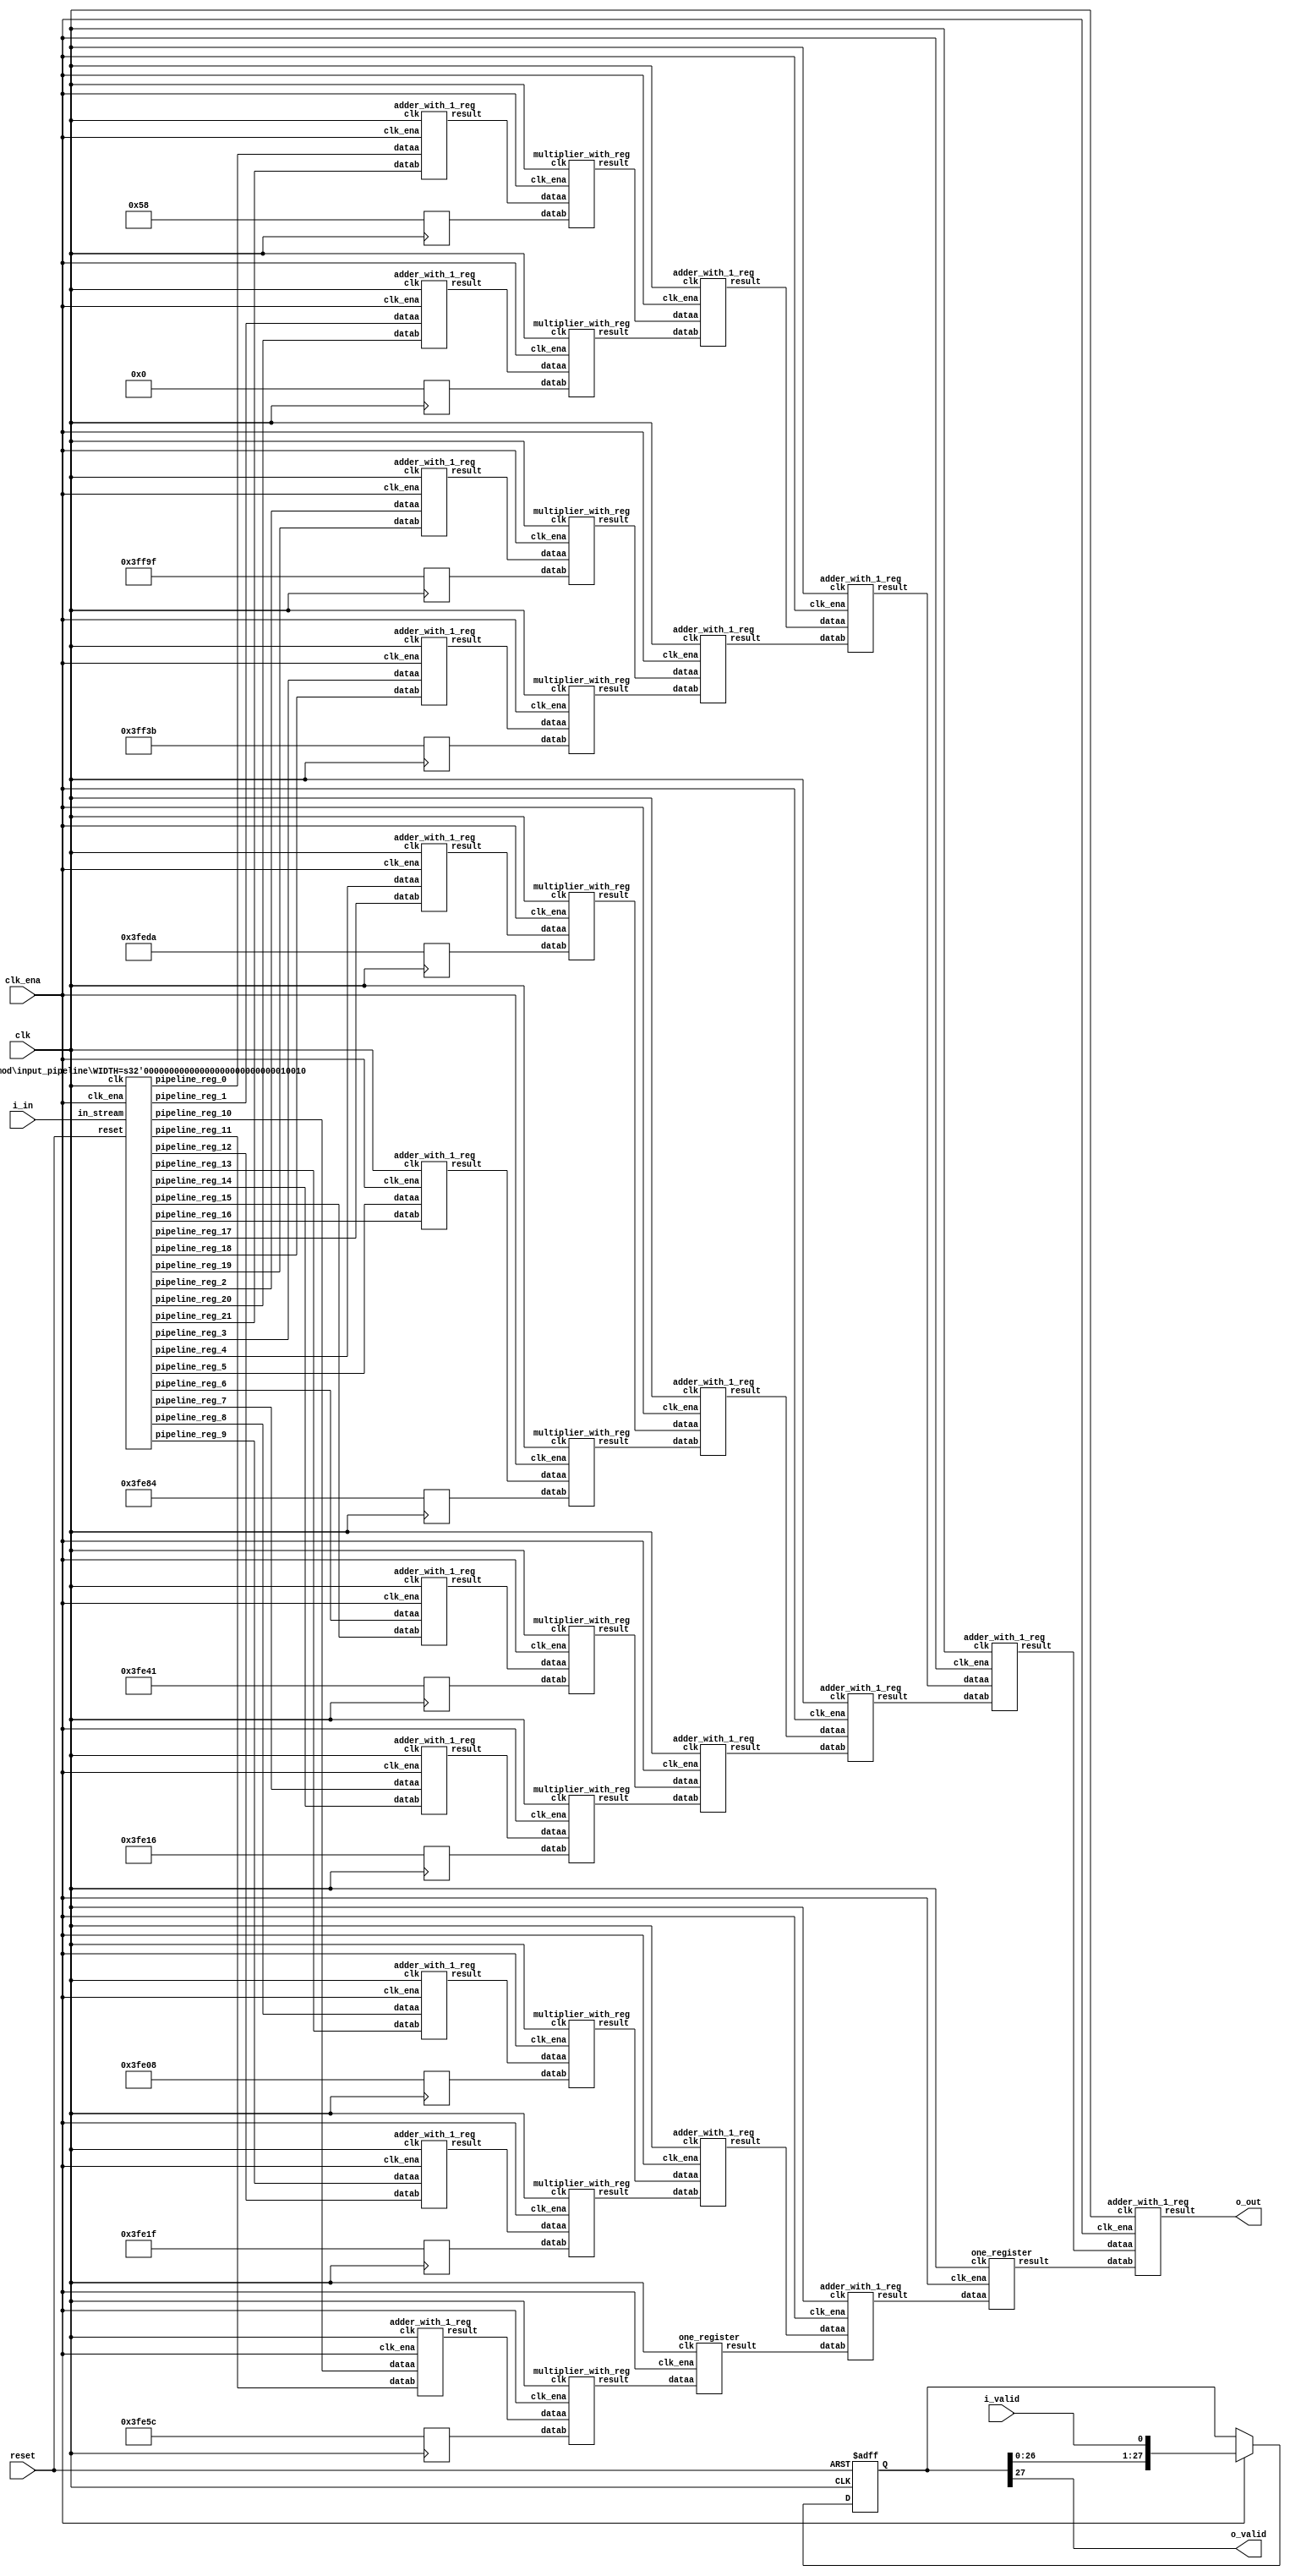
// CONFIG:
// NUM_COEFF = 22
// PIPLINED = 1

// WARNING: more than enough COEFFICIENTS in array (there are 26, and we only need 11)
module fir (
	clk,
	reset,
	clk_ena,
	i_valid,
	i_in,
	o_valid,
	o_out
);
	// Data Width
	parameter dw = 18; //Data input/output bits

	// Number of filter coefficients
	parameter N = 22;
	parameter N_UNIQ = 11; // ciel(N/2) assuming symmetric filter coefficients

	//Number of extra valid cycles needed to align output (i.e. computation pipeline depth + input/output registers
	localparam N_VALID_REGS = 28;

	input clk;
	input reset;
	input clk_ena;
	input i_valid;
	input [dw-1:0] i_in; // signed
	output o_valid;
	output [dw-1:0] o_out; // signed

	// Data Width dervied parameters
	localparam dw_add_int = 18; //Internal adder precision bits
	localparam dw_mult_int = 36; //Internal multiplier precision bits
	localparam scale_factor = 17; //Multiplier normalization shift amount

	// Number of extra registers in INPUT_PIPELINE_REG to prevent contention for CHAIN_END's chain adders
	localparam N_INPUT_REGS = 22;

	// Debug
	// initial begin
	// 	$display ("Data Width: %d", dw);
	// 	$display ("Data Width Add Internal: %d", dw_add_int);
	// 	$display ("Data Width Mult Internal: %d", dw_mult_int);
	// 	$display ("Scale Factor: %d", scale_factor);
	// end

	reg [dw-1:0] COEFFICIENT_0;
	reg [dw-1:0] COEFFICIENT_1;
	reg [dw-1:0] COEFFICIENT_2;
	reg [dw-1:0] COEFFICIENT_3;
	reg [dw-1:0] COEFFICIENT_4;
	reg [dw-1:0] COEFFICIENT_5;
	reg [dw-1:0] COEFFICIENT_6;
	reg [dw-1:0] COEFFICIENT_7;
	reg [dw-1:0] COEFFICIENT_8;
	reg [dw-1:0] COEFFICIENT_9;
	reg [dw-1:0] COEFFICIENT_10;

	always@(posedge clk) begin
		COEFFICIENT_0 <= 18'd88;
		COEFFICIENT_1 <= 18'd0;
		COEFFICIENT_2 <= -18'd97;
		COEFFICIENT_3 <= -18'd197;
		COEFFICIENT_4 <= -18'd294;
		COEFFICIENT_5 <= -18'd380;
		COEFFICIENT_6 <= -18'd447;
		COEFFICIENT_7 <= -18'd490;
		COEFFICIENT_8 <= -18'd504;
		COEFFICIENT_9 <= -18'd481;
		COEFFICIENT_10 <= -18'd420;
	end

	////******************************************************
	// *
	// * Valid Delay Pipeline
	// *
	// *****************************************************
	//Input valid signal is pipelined to become output valid signal

	//Valid registers
	reg [N_VALID_REGS-1:0] VALID_PIPELINE_REGS;

	always@(posedge clk or posedge reset) begin
		if(reset) begin
			VALID_PIPELINE_REGS <= 0;
		end else begin
			if(clk_ena) begin
				VALID_PIPELINE_REGS <= {VALID_PIPELINE_REGS[N_VALID_REGS-2:0], i_valid};
			end else begin
				VALID_PIPELINE_REGS <= VALID_PIPELINE_REGS;
			end
		end
	end

	////******************************************************
	// *
	// * Input Register Pipeline
	// *
	// *****************************************************
	//Pipelined input values

	//Input value registers

	wire [dw-1:0] INPUT_PIPELINE_REG_0;
	wire [dw-1:0] INPUT_PIPELINE_REG_1;
	wire [dw-1:0] INPUT_PIPELINE_REG_2;
	wire [dw-1:0] INPUT_PIPELINE_REG_3;
	wire [dw-1:0] INPUT_PIPELINE_REG_4;
	wire [dw-1:0] INPUT_PIPELINE_REG_5;
	wire [dw-1:0] INPUT_PIPELINE_REG_6;
	wire [dw-1:0] INPUT_PIPELINE_REG_7;
	wire [dw-1:0] INPUT_PIPELINE_REG_8;
	wire [dw-1:0] INPUT_PIPELINE_REG_9;
	wire [dw-1:0] INPUT_PIPELINE_REG_10;
	wire [dw-1:0] INPUT_PIPELINE_REG_11;
	wire [dw-1:0] INPUT_PIPELINE_REG_12;
	wire [dw-1:0] INPUT_PIPELINE_REG_13;
	wire [dw-1:0] INPUT_PIPELINE_REG_14;
	wire [dw-1:0] INPUT_PIPELINE_REG_15;
	wire [dw-1:0] INPUT_PIPELINE_REG_16;
	wire [dw-1:0] INPUT_PIPELINE_REG_17;
	wire [dw-1:0] INPUT_PIPELINE_REG_18;
	wire [dw-1:0] INPUT_PIPELINE_REG_19;
	wire [dw-1:0] INPUT_PIPELINE_REG_20;
	wire [dw-1:0] INPUT_PIPELINE_REG_21;

	input_pipeline in_pipe(
		.clk(clk), .clk_ena(clk_ena),
		.in_stream(i_in),
		.pipeline_reg_0(INPUT_PIPELINE_REG_0),
		.pipeline_reg_1(INPUT_PIPELINE_REG_1),
		.pipeline_reg_2(INPUT_PIPELINE_REG_2),
		.pipeline_reg_3(INPUT_PIPELINE_REG_3),
		.pipeline_reg_4(INPUT_PIPELINE_REG_4),
		.pipeline_reg_5(INPUT_PIPELINE_REG_5),
		.pipeline_reg_6(INPUT_PIPELINE_REG_6),
		.pipeline_reg_7(INPUT_PIPELINE_REG_7),
		.pipeline_reg_8(INPUT_PIPELINE_REG_8),
		.pipeline_reg_9(INPUT_PIPELINE_REG_9),
		.pipeline_reg_10(INPUT_PIPELINE_REG_10),
		.pipeline_reg_11(INPUT_PIPELINE_REG_11),
		.pipeline_reg_12(INPUT_PIPELINE_REG_12),
		.pipeline_reg_13(INPUT_PIPELINE_REG_13),
		.pipeline_reg_14(INPUT_PIPELINE_REG_14),
		.pipeline_reg_15(INPUT_PIPELINE_REG_15),
		.pipeline_reg_16(INPUT_PIPELINE_REG_16),
		.pipeline_reg_17(INPUT_PIPELINE_REG_17),
		.pipeline_reg_18(INPUT_PIPELINE_REG_18),
		.pipeline_reg_19(INPUT_PIPELINE_REG_19),
		.pipeline_reg_20(INPUT_PIPELINE_REG_20),
		.pipeline_reg_21(INPUT_PIPELINE_REG_21),
		.reset(reset)	);
	defparam in_pipe.WIDTH = 18; // = dw
	////******************************************************
	// *
	// * Computation Pipeline
	// *
	// *****************************************************

	// ************************* LEVEL 0 *************************   
	wire [dw-1:0] L0_output_wires_0;
	wire [dw-1:0] L0_output_wires_1;
	wire [dw-1:0] L0_output_wires_2;
	wire [dw-1:0] L0_output_wires_3;
	wire [dw-1:0] L0_output_wires_4;
	wire [dw-1:0] L0_output_wires_5;
	wire [dw-1:0] L0_output_wires_6;
	wire [dw-1:0] L0_output_wires_7;
	wire [dw-1:0] L0_output_wires_8;
	wire [dw-1:0] L0_output_wires_9;
	wire [dw-1:0] L0_output_wires_10;

	adder_with_1_reg L0_adder_0and21(
		.clk(clk), .clk_ena(clk_ena),
		.dataa (INPUT_PIPELINE_REG_0),
		.datab (INPUT_PIPELINE_REG_21),
		.result(L0_output_wires_0)
	);

	adder_with_1_reg L0_adder_1and20(
		.clk(clk), .clk_ena(clk_ena),
		.dataa (INPUT_PIPELINE_REG_1),
		.datab (INPUT_PIPELINE_REG_20),
		.result(L0_output_wires_1)
	);

	adder_with_1_reg L0_adder_2and19(
		.clk(clk), .clk_ena(clk_ena),
		.dataa (INPUT_PIPELINE_REG_2),
		.datab (INPUT_PIPELINE_REG_19),
		.result(L0_output_wires_2)
	);

	adder_with_1_reg L0_adder_3and18(
		.clk(clk), .clk_ena(clk_ena),
		.dataa (INPUT_PIPELINE_REG_3),
		.datab (INPUT_PIPELINE_REG_18),
		.result(L0_output_wires_3)
	);

	adder_with_1_reg L0_adder_4and17(
		.clk(clk), .clk_ena(clk_ena),
		.dataa (INPUT_PIPELINE_REG_4),
		.datab (INPUT_PIPELINE_REG_17),
		.result(L0_output_wires_4)
	);

	adder_with_1_reg L0_adder_5and16(
		.clk(clk), .clk_ena(clk_ena),
		.dataa (INPUT_PIPELINE_REG_5),
		.datab (INPUT_PIPELINE_REG_16),
		.result(L0_output_wires_5)
	);

	adder_with_1_reg L0_adder_6and15(
		.clk(clk), .clk_ena(clk_ena),
		.dataa (INPUT_PIPELINE_REG_6),
		.datab (INPUT_PIPELINE_REG_15),
		.result(L0_output_wires_6)
	);

	adder_with_1_reg L0_adder_7and14(
		.clk(clk), .clk_ena(clk_ena),
		.dataa (INPUT_PIPELINE_REG_7),
		.datab (INPUT_PIPELINE_REG_14),
		.result(L0_output_wires_7)
	);

	adder_with_1_reg L0_adder_8and13(
		.clk(clk), .clk_ena(clk_ena),
		.dataa (INPUT_PIPELINE_REG_8),
		.datab (INPUT_PIPELINE_REG_13),
		.result(L0_output_wires_8)
	);

	adder_with_1_reg L0_adder_9and12(
		.clk(clk), .clk_ena(clk_ena),
		.dataa (INPUT_PIPELINE_REG_9),
		.datab (INPUT_PIPELINE_REG_12),
		.result(L0_output_wires_9)
	);

	adder_with_1_reg L0_adder_10and11(
		.clk(clk), .clk_ena(clk_ena),
		.dataa (INPUT_PIPELINE_REG_10),
		.datab (INPUT_PIPELINE_REG_11),
		.result(L0_output_wires_10)
	);

	// (11 main tree Adders)

	// ************************* LEVEL 1 *************************   
	// **************** Multipliers ****************   
	wire [dw-1:0] L1_mult_wires_0;
	wire [dw-1:0] L1_mult_wires_1;
	wire [dw-1:0] L1_mult_wires_2;
	wire [dw-1:0] L1_mult_wires_3;
	wire [dw-1:0] L1_mult_wires_4;
	wire [dw-1:0] L1_mult_wires_5;
	wire [dw-1:0] L1_mult_wires_6;
	wire [dw-1:0] L1_mult_wires_7;
	wire [dw-1:0] L1_mult_wires_8;
	wire [dw-1:0] L1_mult_wires_9;
	wire [dw-1:0] L1_mult_wires_10;

	multiplier_with_reg L1_mul_0(
		.clk(clk), .clk_ena(clk_ena),
		.dataa (L0_output_wires_0),
		.datab (COEFFICIENT_0),
		.result(L1_mult_wires_0)
	);

	multiplier_with_reg L1_mul_1(
		.clk(clk), .clk_ena(clk_ena),
		.dataa (L0_output_wires_1),
		.datab (COEFFICIENT_1),
		.result(L1_mult_wires_1)
	);

	multiplier_with_reg L1_mul_2(
		.clk(clk), .clk_ena(clk_ena),
		.dataa (L0_output_wires_2),
		.datab (COEFFICIENT_2),
		.result(L1_mult_wires_2)
	);

	multiplier_with_reg L1_mul_3(
		.clk(clk), .clk_ena(clk_ena),
		.dataa (L0_output_wires_3),
		.datab (COEFFICIENT_3),
		.result(L1_mult_wires_3)
	);

	multiplier_with_reg L1_mul_4(
		.clk(clk), .clk_ena(clk_ena),
		.dataa (L0_output_wires_4),
		.datab (COEFFICIENT_4),
		.result(L1_mult_wires_4)
	);

	multiplier_with_reg L1_mul_5(
		.clk(clk), .clk_ena(clk_ena),
		.dataa (L0_output_wires_5),
		.datab (COEFFICIENT_5),
		.result(L1_mult_wires_5)
	);

	multiplier_with_reg L1_mul_6(
		.clk(clk), .clk_ena(clk_ena),
		.dataa (L0_output_wires_6),
		.datab (COEFFICIENT_6),
		.result(L1_mult_wires_6)
	);

	multiplier_with_reg L1_mul_7(
		.clk(clk), .clk_ena(clk_ena),
		.dataa (L0_output_wires_7),
		.datab (COEFFICIENT_7),
		.result(L1_mult_wires_7)
	);

	multiplier_with_reg L1_mul_8(
		.clk(clk), .clk_ena(clk_ena),
		.dataa (L0_output_wires_8),
		.datab (COEFFICIENT_8),
		.result(L1_mult_wires_8)
	);

	multiplier_with_reg L1_mul_9(
		.clk(clk), .clk_ena(clk_ena),
		.dataa (L0_output_wires_9),
		.datab (COEFFICIENT_9),
		.result(L1_mult_wires_9)
	);

	multiplier_with_reg L1_mul_10(
		.clk(clk), .clk_ena(clk_ena),
		.dataa (L0_output_wires_10),
		.datab (COEFFICIENT_10),
		.result(L1_mult_wires_10)
	);

	// (11 Multipliers)

	// **************** Adders ****************   
	wire [dw-1:0] L1_output_wires_0;
	wire [dw-1:0] L1_output_wires_1;
	wire [dw-1:0] L1_output_wires_2;
	wire [dw-1:0] L1_output_wires_3;
	wire [dw-1:0] L1_output_wires_4;
	wire [dw-1:0] L1_output_wires_5;

	adder_with_1_reg L1_adder_0and1(
		.clk(clk), .clk_ena(clk_ena),
		.dataa (L1_mult_wires_0),
		.datab (L1_mult_wires_1),
		.result(L1_output_wires_0)
	);

	adder_with_1_reg L1_adder_2and3(
		.clk(clk), .clk_ena(clk_ena),
		.dataa (L1_mult_wires_2),
		.datab (L1_mult_wires_3),
		.result(L1_output_wires_1)
	);

	adder_with_1_reg L1_adder_4and5(
		.clk(clk), .clk_ena(clk_ena),
		.dataa (L1_mult_wires_4),
		.datab (L1_mult_wires_5),
		.result(L1_output_wires_2)
	);

	adder_with_1_reg L1_adder_6and7(
		.clk(clk), .clk_ena(clk_ena),
		.dataa (L1_mult_wires_6),
		.datab (L1_mult_wires_7),
		.result(L1_output_wires_3)
	);

	adder_with_1_reg L1_adder_8and9(
		.clk(clk), .clk_ena(clk_ena),
		.dataa (L1_mult_wires_8),
		.datab (L1_mult_wires_9),
		.result(L1_output_wires_4)
	);

	// (5 main tree Adders)

	// ********* Byes ********   
	one_register L1_byereg_for_10(
		.clk(clk), .clk_ena(clk_ena),
		.dataa (L1_mult_wires_10),
		.result(L1_output_wires_5)
	);

	// (1 byes)

	// ************************* LEVEL 2 *************************   
	wire [dw-1:0] L2_output_wires_0;
	wire [dw-1:0] L2_output_wires_1;
	wire [dw-1:0] L2_output_wires_2;

	adder_with_1_reg L2_adder_0and1(
		.clk(clk), .clk_ena(clk_ena),
		.dataa (L1_output_wires_0),
		.datab (L1_output_wires_1),
		.result(L2_output_wires_0)
	);

	adder_with_1_reg L2_adder_2and3(
		.clk(clk), .clk_ena(clk_ena),
		.dataa (L1_output_wires_2),
		.datab (L1_output_wires_3),
		.result(L2_output_wires_1)
	);

	adder_with_1_reg L2_adder_4and5(
		.clk(clk), .clk_ena(clk_ena),
		.dataa (L1_output_wires_4),
		.datab (L1_output_wires_5),
		.result(L2_output_wires_2)
	);

	// (3 main tree Adders)

	// ************************* LEVEL 3 *************************   
	wire [dw-1:0] L3_output_wires_0;
	wire [dw-1:0] L3_output_wires_1;

	adder_with_1_reg L3_adder_0and1(
		.clk(clk), .clk_ena(clk_ena),
		.dataa (L2_output_wires_0),
		.datab (L2_output_wires_1),
		.result(L3_output_wires_0)
	);

	// (1 main tree Adders)

	// ********* Byes ********   
	one_register L3_byereg_for_2(
		.clk(clk), .clk_ena(clk_ena),
		.dataa (L2_output_wires_2),
		.result(L3_output_wires_1)
	);

	// (1 byes)

	// ************************* LEVEL 4 *************************   
	wire [dw-1:0] L4_output_wires_0;

	adder_with_1_reg L4_adder_0and1(
		.clk(clk), .clk_ena(clk_ena),
		.dataa (L3_output_wires_0),
		.datab (L3_output_wires_1),
		.result(L4_output_wires_0)
	);

	// (1 main tree Adders)

	////******************************************************
	// *
	// * Output Logic
	// *
	// *****************************************************
	//Actual outputs
	assign o_out = L4_output_wires_0;

	assign o_valid = VALID_PIPELINE_REGS[N_VALID_REGS-1];

endmodule


module input_pipeline (
	clk,
	clk_ena,
	in_stream,
	pipeline_reg_0,
	pipeline_reg_1,
	pipeline_reg_2,
	pipeline_reg_3,
	pipeline_reg_4,
	pipeline_reg_5,
	pipeline_reg_6,
	pipeline_reg_7,
	pipeline_reg_8,
	pipeline_reg_9,
	pipeline_reg_10,
	pipeline_reg_11,
	pipeline_reg_12,
	pipeline_reg_13,
	pipeline_reg_14,
	pipeline_reg_15,
	pipeline_reg_16,
	pipeline_reg_17,
	pipeline_reg_18,
	pipeline_reg_19,
	pipeline_reg_20,
	pipeline_reg_21,
	reset);
	parameter WIDTH = 1;
	//Input value registers
	input clk;
	input clk_ena;
	input [WIDTH-1:0] in_stream;
	output [WIDTH-1:0] pipeline_reg_0;
	output [WIDTH-1:0] pipeline_reg_1;
	output [WIDTH-1:0] pipeline_reg_2;
	output [WIDTH-1:0] pipeline_reg_3;
	output [WIDTH-1:0] pipeline_reg_4;
	output [WIDTH-1:0] pipeline_reg_5;
	output [WIDTH-1:0] pipeline_reg_6;
	output [WIDTH-1:0] pipeline_reg_7;
	output [WIDTH-1:0] pipeline_reg_8;
	output [WIDTH-1:0] pipeline_reg_9;
	output [WIDTH-1:0] pipeline_reg_10;
	output [WIDTH-1:0] pipeline_reg_11;
	output [WIDTH-1:0] pipeline_reg_12;
	output [WIDTH-1:0] pipeline_reg_13;
	output [WIDTH-1:0] pipeline_reg_14;
	output [WIDTH-1:0] pipeline_reg_15;
	output [WIDTH-1:0] pipeline_reg_16;
	output [WIDTH-1:0] pipeline_reg_17;
	output [WIDTH-1:0] pipeline_reg_18;
	output [WIDTH-1:0] pipeline_reg_19;
	output [WIDTH-1:0] pipeline_reg_20;
	output [WIDTH-1:0] pipeline_reg_21;
	reg [WIDTH-1:0] pipeline_reg_0;
	reg [WIDTH-1:0] pipeline_reg_1;
	reg [WIDTH-1:0] pipeline_reg_2;
	reg [WIDTH-1:0] pipeline_reg_3;
	reg [WIDTH-1:0] pipeline_reg_4;
	reg [WIDTH-1:0] pipeline_reg_5;
	reg [WIDTH-1:0] pipeline_reg_6;
	reg [WIDTH-1:0] pipeline_reg_7;
	reg [WIDTH-1:0] pipeline_reg_8;
	reg [WIDTH-1:0] pipeline_reg_9;
	reg [WIDTH-1:0] pipeline_reg_10;
	reg [WIDTH-1:0] pipeline_reg_11;
	reg [WIDTH-1:0] pipeline_reg_12;
	reg [WIDTH-1:0] pipeline_reg_13;
	reg [WIDTH-1:0] pipeline_reg_14;
	reg [WIDTH-1:0] pipeline_reg_15;
	reg [WIDTH-1:0] pipeline_reg_16;
	reg [WIDTH-1:0] pipeline_reg_17;
	reg [WIDTH-1:0] pipeline_reg_18;
	reg [WIDTH-1:0] pipeline_reg_19;
	reg [WIDTH-1:0] pipeline_reg_20;
	reg [WIDTH-1:0] pipeline_reg_21;
	input reset;

	always@(posedge clk or posedge reset) begin
		if(reset) begin
			pipeline_reg_0 <= 0;
			pipeline_reg_1 <= 0;
			pipeline_reg_2 <= 0;
			pipeline_reg_3 <= 0;
			pipeline_reg_4 <= 0;
			pipeline_reg_5 <= 0;
			pipeline_reg_6 <= 0;
			pipeline_reg_7 <= 0;
			pipeline_reg_8 <= 0;
			pipeline_reg_9 <= 0;
			pipeline_reg_10 <= 0;
			pipeline_reg_11 <= 0;
			pipeline_reg_12 <= 0;
			pipeline_reg_13 <= 0;
			pipeline_reg_14 <= 0;
			pipeline_reg_15 <= 0;
			pipeline_reg_16 <= 0;
			pipeline_reg_17 <= 0;
			pipeline_reg_18 <= 0;
			pipeline_reg_19 <= 0;
			pipeline_reg_20 <= 0;
			pipeline_reg_21 <= 0;
		end else begin
			if(clk_ena) begin
				pipeline_reg_0 <= in_stream;
				pipeline_reg_1 <= pipeline_reg_0;
				pipeline_reg_2 <= pipeline_reg_1;
				pipeline_reg_3 <= pipeline_reg_2;
				pipeline_reg_4 <= pipeline_reg_3;
				pipeline_reg_5 <= pipeline_reg_4;
				pipeline_reg_6 <= pipeline_reg_5;
				pipeline_reg_7 <= pipeline_reg_6;
				pipeline_reg_8 <= pipeline_reg_7;
				pipeline_reg_9 <= pipeline_reg_8;
				pipeline_reg_10 <= pipeline_reg_9;
				pipeline_reg_11 <= pipeline_reg_10;
				pipeline_reg_12 <= pipeline_reg_11;
				pipeline_reg_13 <= pipeline_reg_12;
				pipeline_reg_14 <= pipeline_reg_13;
				pipeline_reg_15 <= pipeline_reg_14;
				pipeline_reg_16 <= pipeline_reg_15;
				pipeline_reg_17 <= pipeline_reg_16;
				pipeline_reg_18 <= pipeline_reg_17;
				pipeline_reg_19 <= pipeline_reg_18;
				pipeline_reg_20 <= pipeline_reg_19;
				pipeline_reg_21 <= pipeline_reg_20;
			end //else begin
				//pipeline_reg_0 <= pipeline_reg_0;
				//pipeline_reg_1 <= pipeline_reg_1;
				//pipeline_reg_2 <= pipeline_reg_2;
				//pipeline_reg_3 <= pipeline_reg_3;
				//pipeline_reg_4 <= pipeline_reg_4;
				//pipeline_reg_5 <= pipeline_reg_5;
				//pipeline_reg_6 <= pipeline_reg_6;
				//pipeline_reg_7 <= pipeline_reg_7;
				//pipeline_reg_8 <= pipeline_reg_8;
				//pipeline_reg_9 <= pipeline_reg_9;
				//pipeline_reg_10 <= pipeline_reg_10;
				//pipeline_reg_11 <= pipeline_reg_11;
				//pipeline_reg_12 <= pipeline_reg_12;
				//pipeline_reg_13 <= pipeline_reg_13;
				//pipeline_reg_14 <= pipeline_reg_14;
				//pipeline_reg_15 <= pipeline_reg_15;
				//pipeline_reg_16 <= pipeline_reg_16;
				//pipeline_reg_17 <= pipeline_reg_17;
				//pipeline_reg_18 <= pipeline_reg_18;
				//pipeline_reg_19 <= pipeline_reg_19;
				//pipeline_reg_20 <= pipeline_reg_20;
				//pipeline_reg_21 <= pipeline_reg_21;
			//end
		end
	end
endmodule


module adder_with_1_reg (
	clk,
	clk_ena,
	dataa,
	datab,
	result);

	input	  clk;
	input	  clk_ena;
	input	[17:0]  dataa;
	input	[17:0]  datab;
	output	[17:0]  result;

	reg     [17:0]  result;

	always @(posedge clk) begin
		if(clk_ena) begin
			result <= dataa + datab;
		end
	end

endmodule


module multiplier_with_reg (
	clk,
	clk_ena,
	dataa,
	datab,
	result);

	input	  clk;
	input	  clk_ena;
	input	[17:0]  dataa;
	input	[17:0]  datab;
	output	[17:0]  result;

	reg     [17:0]  result;

	always @(posedge clk) begin
		if(clk_ena) begin
			result <= dataa * datab;
		end
	end

endmodule


module one_register (
	clk,
	clk_ena,
	dataa,
	result);

	input	  clk;
	input	  clk_ena;
	input	[17:0]  dataa;
	output	[17:0]  result;

	reg     [17:0]  result;

	always @(posedge clk) begin
		if(clk_ena) begin
			result <= dataa;
		end
	end

endmodule